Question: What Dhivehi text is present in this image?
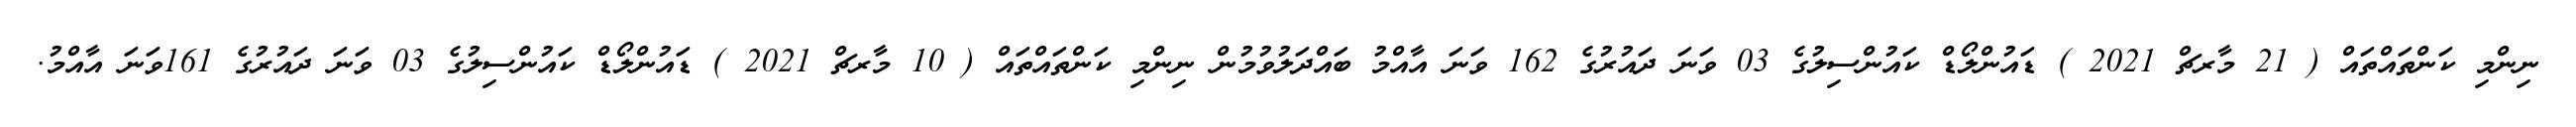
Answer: ނިންމި ކަންތައްތައް ( 21 މާރޗް 2021 ) ޑައުންލޯޑް ކައުންސިލުގެ 03 ވަނަ ދައުރުގެ 162 ވަނަ އާއްމު ބައްދަލުވުމުން ނިންމި ކަންތައްތައް ( 10 މާރޗް 2021 ) ޑައުންލޯޑް ކައުންސިލުގެ 03 ވަނަ ދައުރުގެ 161ވަނަ އާއްމު.